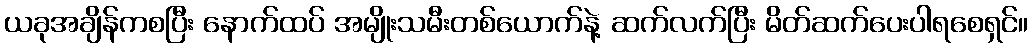
ယခုအချိန်ကစပြီး နောက်ထပ် အမျိုးသမီးတစ်ယောက်နဲ့ ဆက်လက်ပြီး မိတ်ဆက်ပေးပါရစေရှင်။